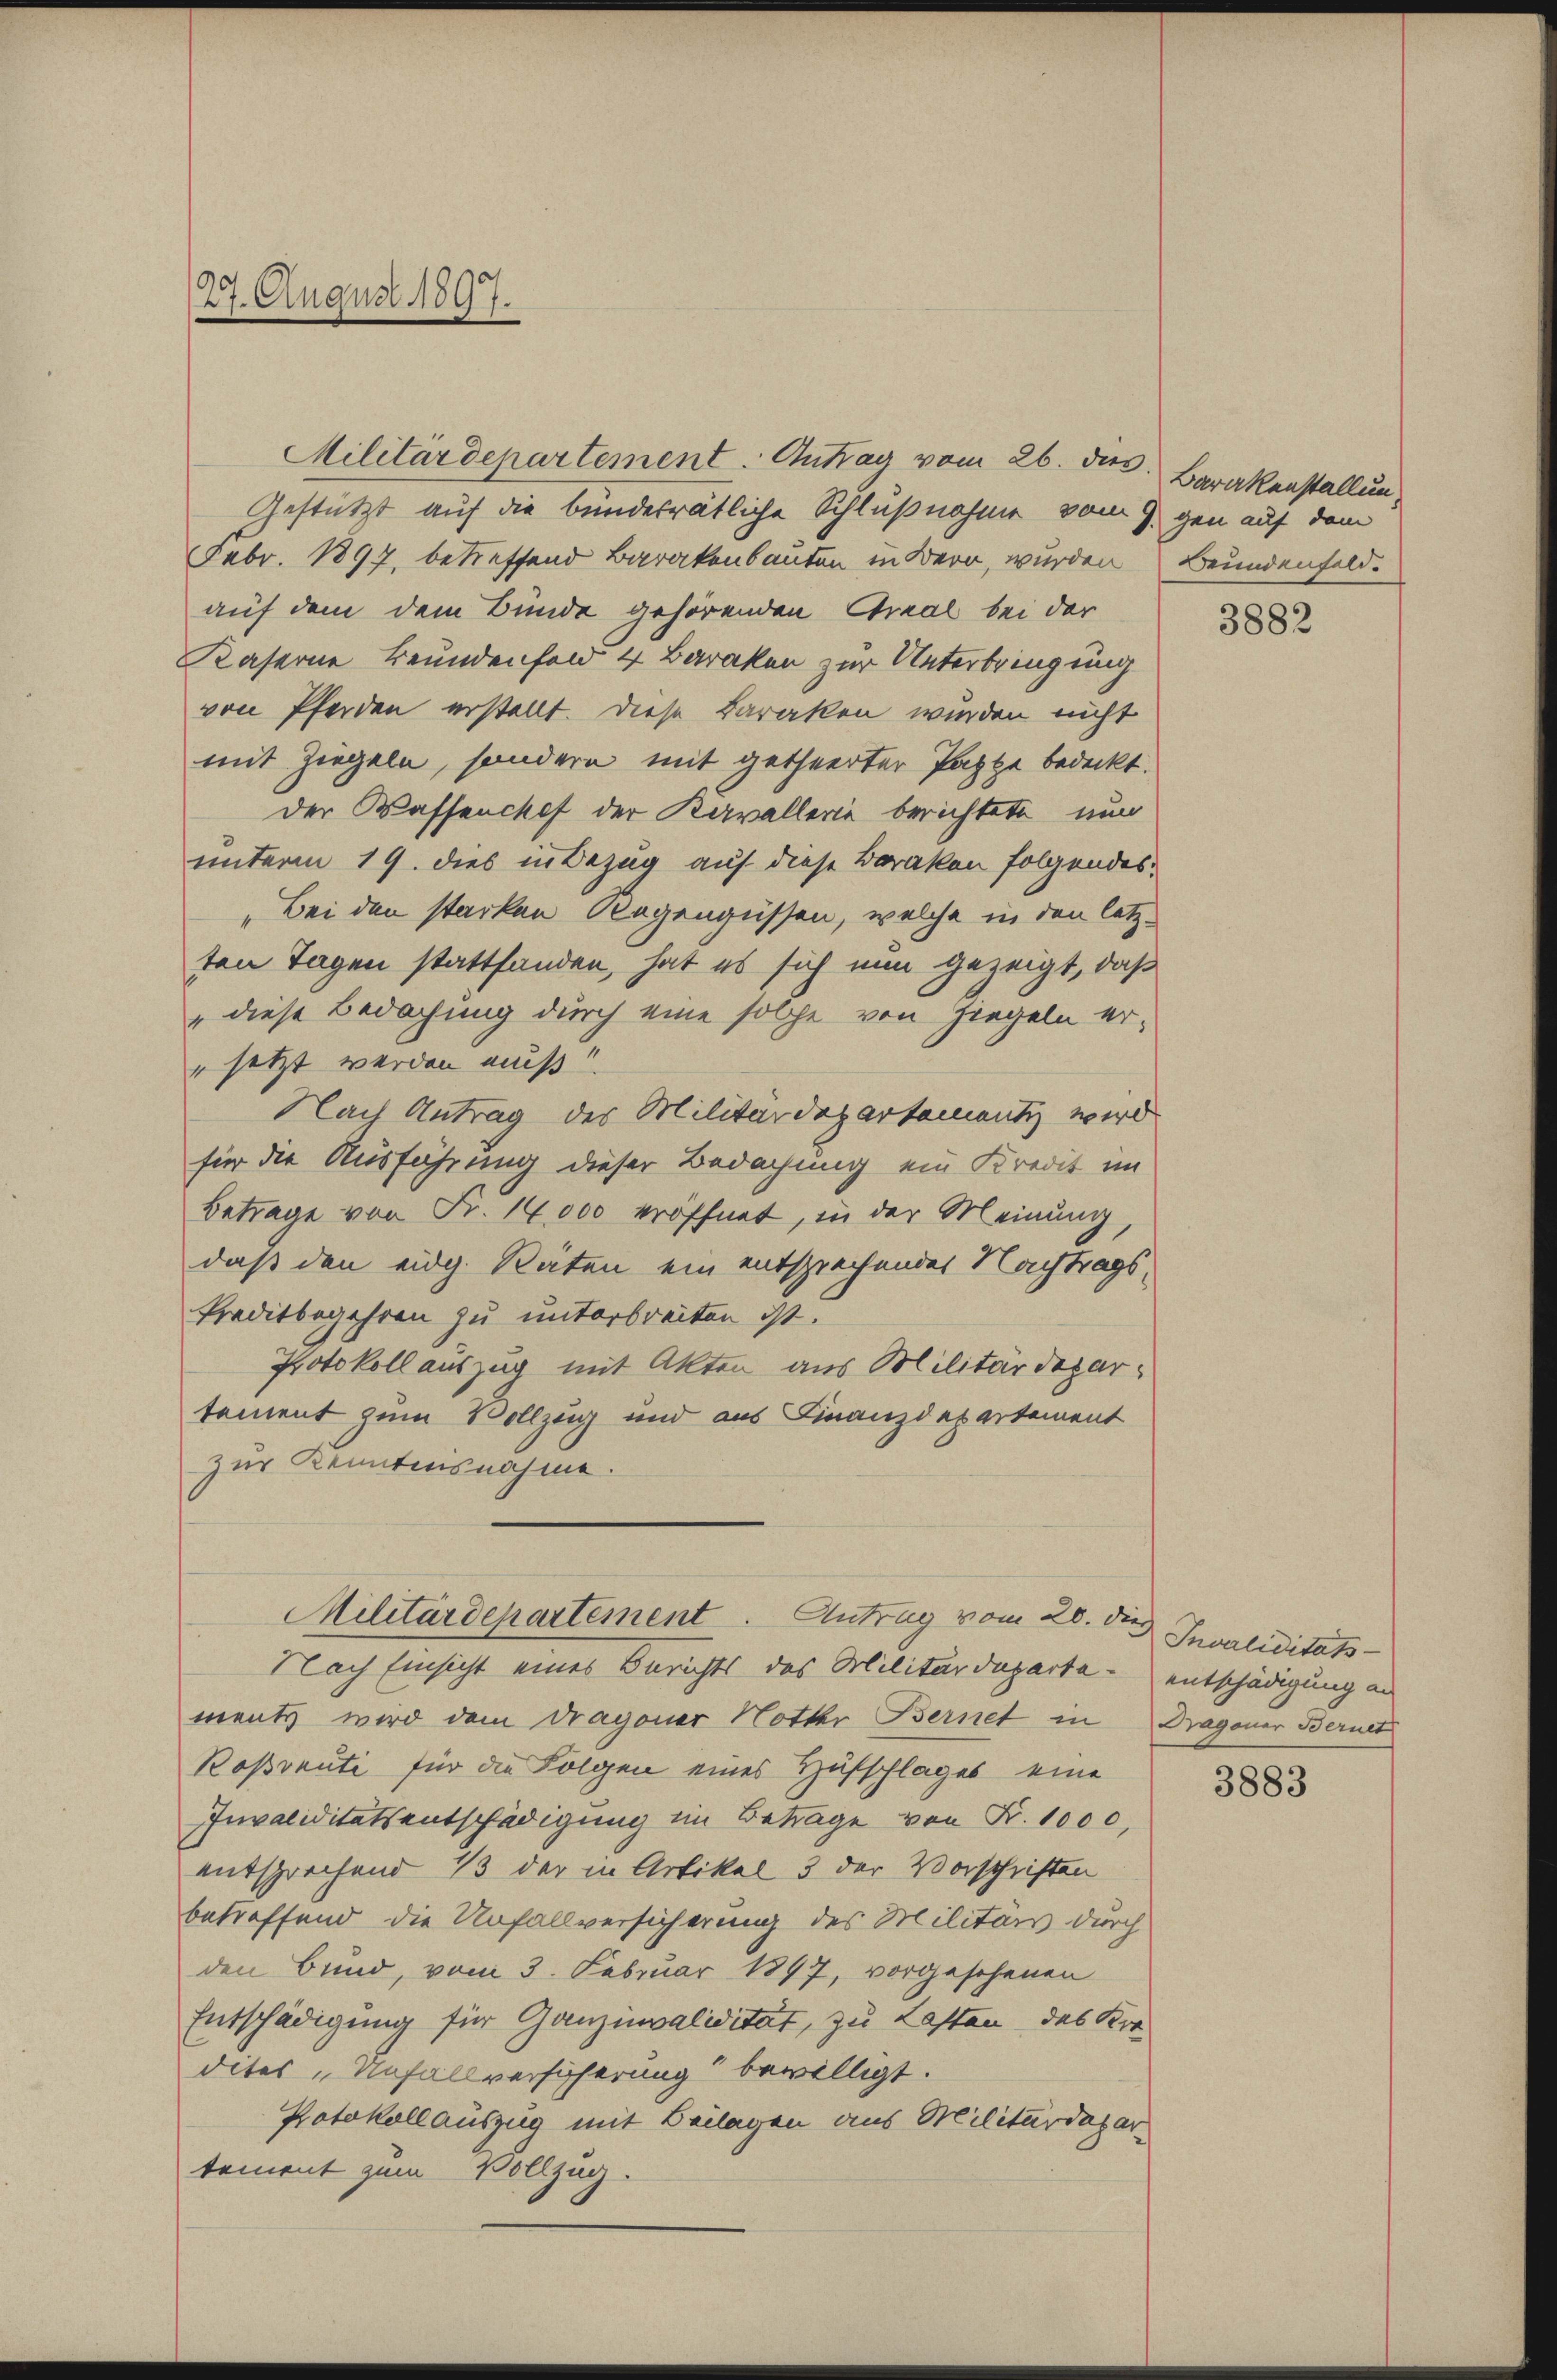
27. August 1897.

Militärdepartement. Antrag vom 26. des Barakenstallun¬
Gestützt auf die bundesrätliche Schlußnahme vom 9. gen auf dem
Febr. 1897, betreffend Barakenbauten in Bern, wurden Beundenfeld.
auf dem dem Bunde gehörenden Areal bei der
Kaserne Beundenfeld 4 Baraken zur Unterbringung
von Pferden erstellt. Diese Baraken werden nicht
mit Ziegeln, sondern mit getheerter Pappe bedeckt.
der Wassenchef der Kavallerie berichtete nun
unterm 19. dies in Bezug auf diese Baraken folgendes
„Bei den starken Regengüssen, welche in den letz-
ten Tagen stattfanden, hat es sich nun gezeigt, daß
" diese Bedachung durch eine solche von Ziegeln er¬
" setzt werden muß
Nach Antrag des Militärdepartement wird
für die Ausführung dieser Bedachung ein Kredit im
Betrage von Fr. 14,000 eröffnet, in der Meinung,
daß den eidg. Räten ein entsprechendes Nachtrags-
Preditbegehren zu unterbreiten ist.
Protokoll auszug mit Akten aus Militärdepartement zum Vollzug und aus Finanzdepartement
zur Kenntensnahme.
Militärdepartement. Antrag vom 20. die Invaliditäts-
Nach Einsicht eines Berichts des Militärdeparta entschädigung an
ments wird dem Dragoner Notter Bernet in Dragoner Bernet
Rosventi für die Folgen eines Hufschlages eine
Invaliditätsentschädigung im Betrage von Fr. 1000,
entsprechend 13 der in Artikel 3 der Vorschriften
betreffend die Unfallversicherung des Militärs durch
den Bund, vom 3. Februar 1897, vorgesehenen
Entschädigung für Ganzinvalidität, zu Lasten das Kor-
dites „Unfallversicherung bewilligt.
Protokollauszug mit Beilagen aus Militärdepar
tement zum Vollzug.

3882

3883